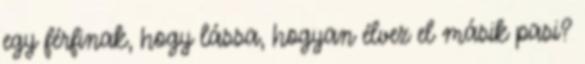
egy férfinak, hogy lássa, hogyan élvez el másik pasi?